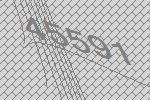
45591